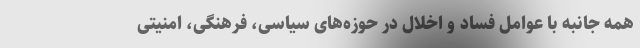
همه جانبه با عوامل فساد و اخلال در حوزه‌های سیاسی، فرهنگی، امنیتی